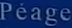
Péage